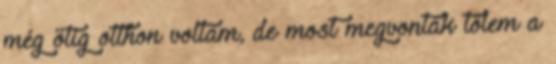
még ötig otthon voltam, de most megvonták tőlem a